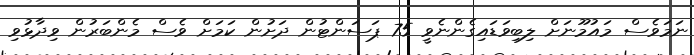
ނަމަވެސް މައުމޫނަށް ލިބިވަޑައިގެންނެވީ 75 ޕަސަންޓުން ދަށުން ކަމަށް ވެސް މެންބަރުން ވިދާޅުވި